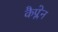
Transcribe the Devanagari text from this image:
कैप्लेन